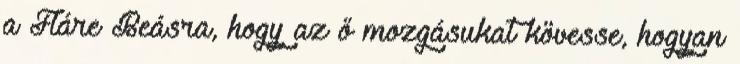
a Fláre Beásra, hogy az ő mozgásukat kövesse, hogyan